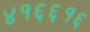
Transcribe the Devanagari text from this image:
४१६६१६